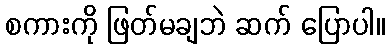
စကားကို ဖြတ်မချဘဲ ဆက် ပြောပါ။